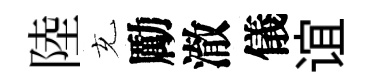
陸充勵澈儀谊